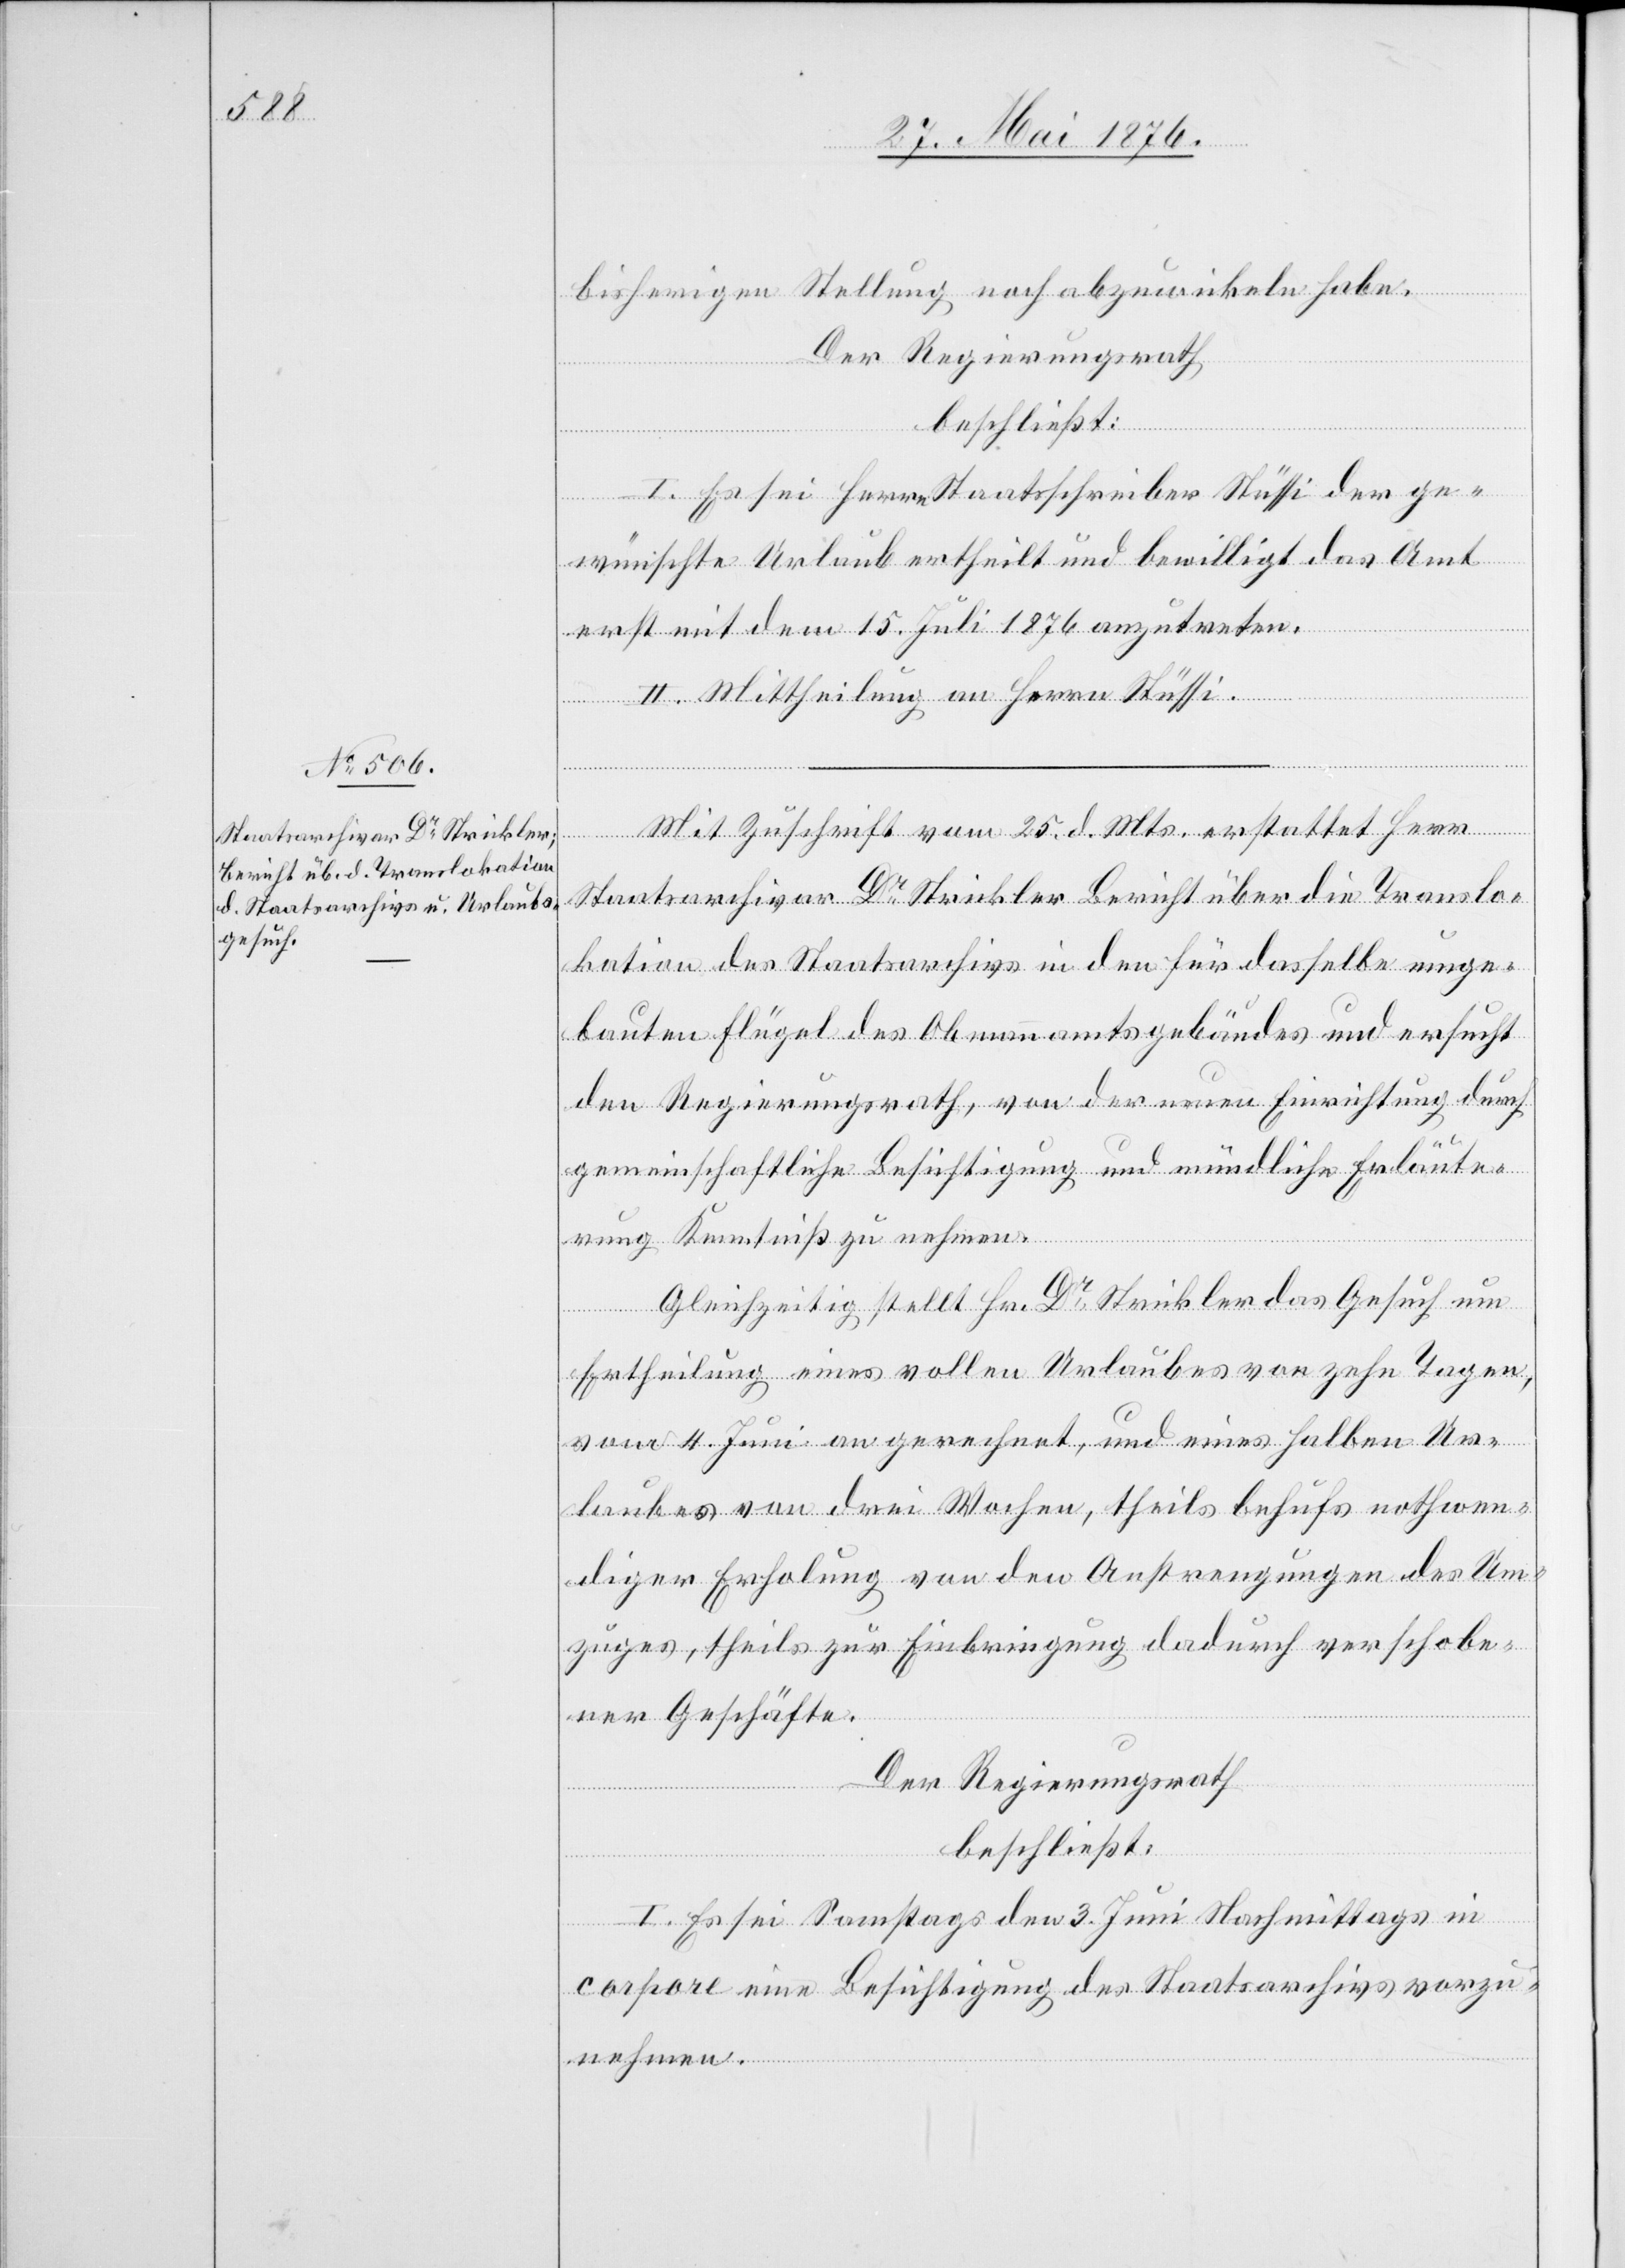
bisherigen Stellung noch abzuwickeln habe.
Der Regierungsrath,
beschließt:
I. Es sei Herrn Staatsschreiber Stüssi der ge¬
wünschte Urlaub ertheilt und bewilligt das Amt
erst mit dem 15. Juli 1876 anzutreten.
II. Mittheilung an Herrn Stüssi.
Mit Zuschrift vom 25. d. Mts. erstattet Herr
Staatsarchivar Dr Strickler Bericht über die Translo¬
kation des Staatsarchivs in den für dasselbe umge¬
bauten Flügel des Obmannamtsgebäudes und ersucht
den Regierungsrath, von der neuen Einrichtung durch
gemeinschaftliche Besichtigung und mündliche Erläute¬
rung Kenntniß zu nehmen.
Gleichzeitig stellt Hr. Dr Strickler das Gesuch um
Ertheilung eines vollen Urlaubes vor zehn Tagen,
vom 4. Juni an gerechnet, und eines halben Ur¬
laubes von drei Wochen, theils behufs nothwen¬
diger Erholung von den Anstrengungen des Um¬
zuges, theils zur Einbringung dadurch verschobe¬
ner Geschäfte.
Der Regierungsrath
beschließt:
I. Es sei Samstags den 3. Juni Nachmittags in
corpore eine Besichtigung des Staatsarchivs vorzu¬
nehmen.